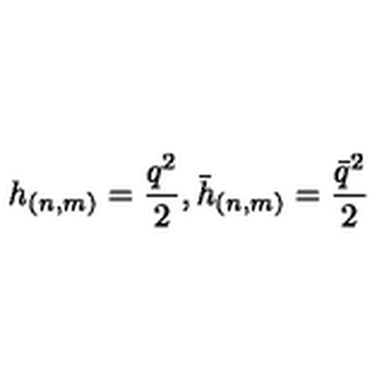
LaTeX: h _ { ( n , m ) } = \frac { q ^ { 2 } } { 2 } , \bar { h } _ { ( n , m ) } = \frac { \bar { q } ^ { 2 } } { 2 }